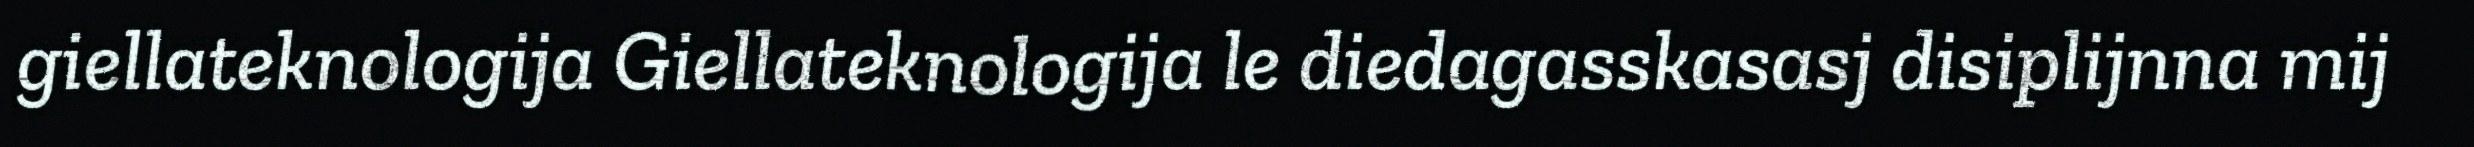
giellateknologija Giellateknologija le diedagasskasasj disiplijnna mij